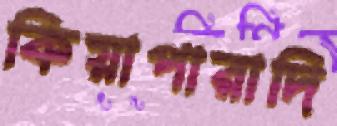
কিয়াপারাদি